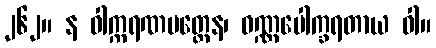
၂၆၂။ န ဝါက္ကရဏမတ္တေန၊ ဝဏ္ဏပေါက္ခရတာယ ဝါ။